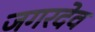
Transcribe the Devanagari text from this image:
जगरदेव